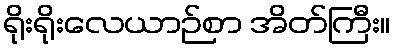
ရိုးရိုးလေယာဉ်စာ အိတ်ကြီး။